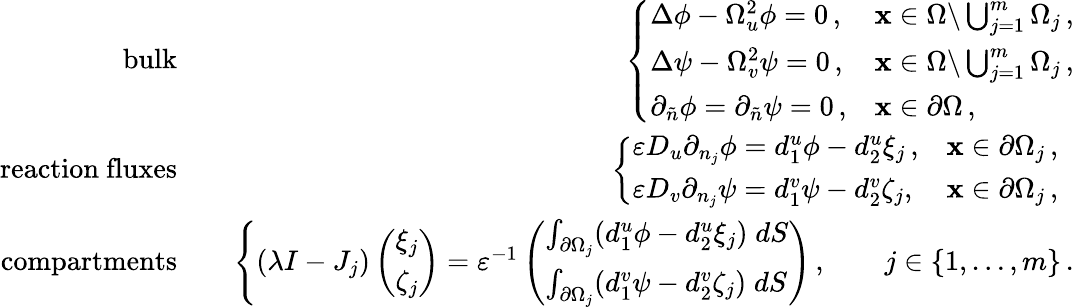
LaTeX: \begin{array}{rlr}{\mathrm{bulk}}&{}&{\left\{ \begin{array}{ll}{\Delta\phi-\Omega_{u}^{2}\phi=0\, ,}&{{\mathbf x}\in\Omega\backslash\bigcup_{j=1}^{m}\Omega_{j}\, ,}\\ {\Delta\psi-\Omega_{v}^{2}\psi=0\, ,}&{{\mathbf x}\in\Omega\backslash\bigcup_{j=1}^{m}\Omega_{j}\, ,}\\ {\partial_{\tilde{n}}\phi=\partial_{\tilde{n}}\psi=0\, ,}&{{\mathbf x}\in\partial\Omega\, ,}\end{array}\right.}\\ {\mathrm{reaction~fluxes}}&{}&{\left\{ \begin{array}{ll}{\varepsilon D_{u}\partial_{n_{j}}\phi=d_{1}^{u}\phi-d_{2}^{u}\xi_{j}\, ,}&{{\mathbf x}\in\partial\Omega_{j}\, ,\; \; }\\ {\varepsilon D_{v}\partial_{n_{j}}\psi=d_{1}^{v}\psi-d_{2}^{v}\zeta_{j},}&{{\mathbf x}\in\partial\Omega_{j}\, ,}\end{array}\right.}\\ {\mathrm{compartments}}&{}&{\left\{ \begin{array}{ll}{\left(\lambda I-J_{j}\right)\left(\begin{array}{l}{\xi_{j}}\\ {\zeta_{j}}\end{array}\right)=\varepsilon^{-1}\left(\begin{array}{l}{\int_{\partial\Omega_{j}}(d_{1}^{u}\phi-d_{2}^{u}\xi_{j})\; dS}\\ {\int_{\partial\Omega_{j}}(d_{1}^{v}\psi-d_{2}^{v}\zeta_{j})\; dS}\end{array}\right)\, ,\qquad j\in\lbrace{1,\ldots,m\rbrace}\, .}\end{array}\right.}\end{array}